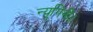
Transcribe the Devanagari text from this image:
न्यूगिनी।